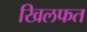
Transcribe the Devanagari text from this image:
खिलफत